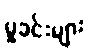
မှုခင်းများ